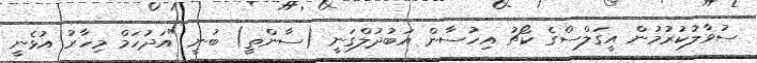
ސުވާލުކުރުމުން އީގަލްސްގެ ކޯޗު އިހުސާން އަބުދުލްގަނީ (ސާންތީ) ބުނީ "އަދުހަމް މިހާރު އުޅެނީ